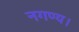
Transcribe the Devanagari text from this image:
नगण्य।